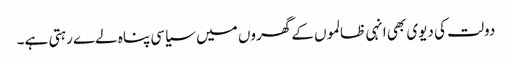
دولت کی دیوی بھی انہی ظالموں کے گھروں میں سیاسی پناہ لےے رہتی ہے۔